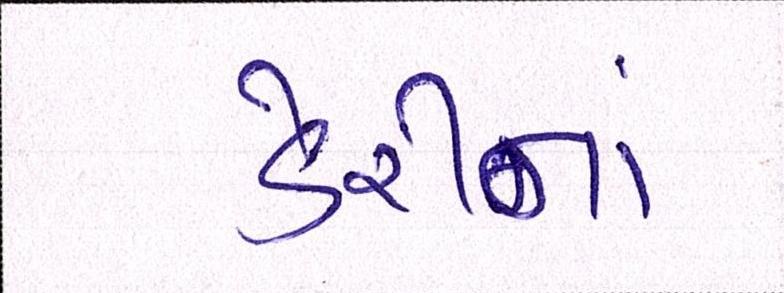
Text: ડેરીનાં